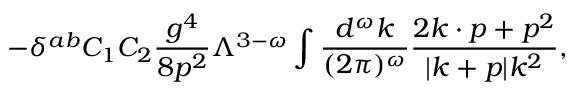
- \delta ^ { a b } C _ { 1 } C _ { 2 } { \frac { g ^ { 4 } } { 8 p ^ { 2 } } } \Lambda ^ { 3 - \omega } \int { \frac { d ^ { \omega } k } { ( 2 \pi ) ^ { \omega } } } { \frac { 2 k \cdot p + p ^ { 2 } } { | k + p | k ^ { 2 } } } ,